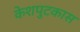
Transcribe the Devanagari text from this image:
केशपुटकास